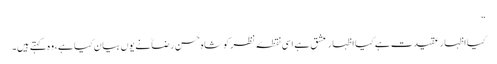
“
کیااظہار عقیدت ہے کیا اظہار عشق ہے اسی نقطۂ نظر کو شاہ حسن رضاؒنے یوں بیان کیا ہے، وہ کہتے ہیں۔